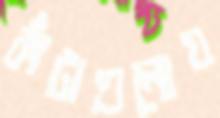
কাঁটাগুলোয়